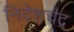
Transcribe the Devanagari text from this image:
निदेशचंद्र